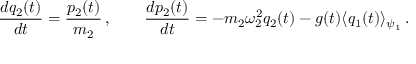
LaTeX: \frac { d q _ { 2 } ( t ) } { d t } = \frac { p _ { 2 } ( t ) } { m _ { 2 } } \, , \qquad \frac { d p _ { 2 } ( t ) } { d t } = - m _ { 2 } \omega _ { 2 } ^ { 2 } q _ { 2 } ( t ) - g ( t ) \langle q _ { 1 } ( t ) \rangle _ { \psi _ { 1 } } \, .